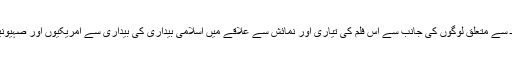
شمالی افریقہ کے انقلابی ممالک ـ بالخصوص مصر ـ سے متعلق لوگوں کی جانب سے اس فلم کی تیاری اور نمائش سے علاقے میں اسلامی بیداری کی بیداری سے امریکیوں اور صہیونیوں کے غیظ و غضب کا پردہ بخوبی فاش ہوگیا ہے۔